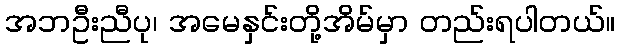
အဘဦးညီပု၊ အမေနှင်းတို့အိမ်မှာ တည်းရပါတယ်။